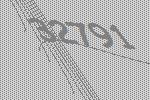
32791